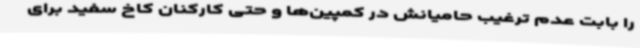
را بابت عدم ترغیب حامیانش در کمپین‌ها و حتی کارکنان کاخ سفید برای